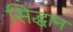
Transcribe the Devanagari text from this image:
सिद्धान